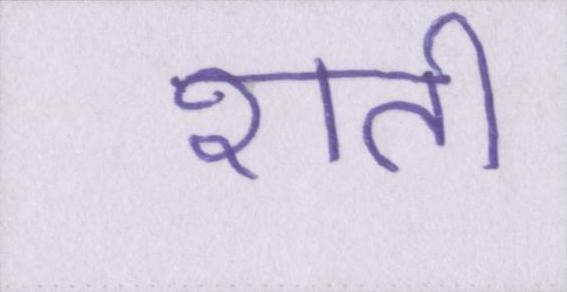
शती